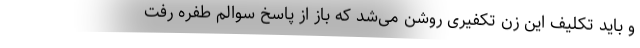
و باید تکلیف این زن تکفیری روشن می‌شد که باز از پاسخ سوالم طفره رفت